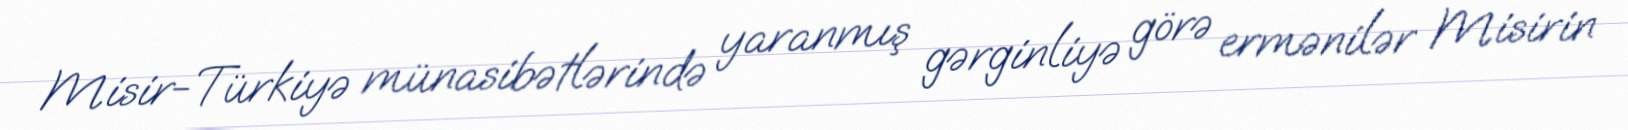
Misir-Türkiyə münasibətlərində yaranmış gərginliyə görə ermənilər Misirin